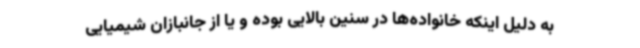
به دلیل اینکه خانواده‌ها در سنین بالایی بوده و یا از جانبازان شیمیایی